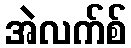
အဲလက်စ်